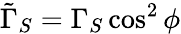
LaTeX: \tilde{\Gamma}_{S}=\Gamma_{S}\cos^{2}\phi